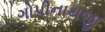
ગોપીનાથજી